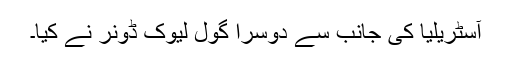
آسٹریلیا کی جانب سے دوسرا گول لیوک ڈونر نے کیا۔